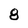
Character: 8